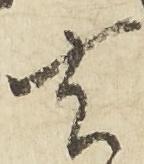
去